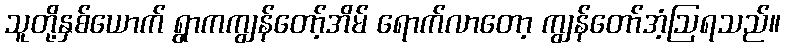
သူတို့နှစ်ယောက် ရွာကကျွန်တော့်အိမ် ရောက်လာတော့ ကျွန်တော်အံ့ဩရသည်။